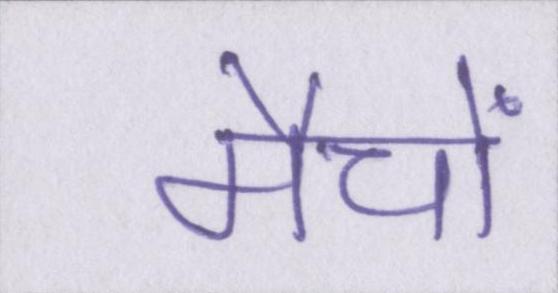
मैचों